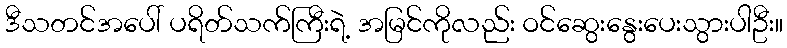
ဒီသတင်အပေါ် ပရိတ်သက်ကြီးရဲ့ အမြင်ကိုလည်း ဝင်ဆွေးနွေးပေးသွားပါဦး။